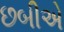
છબીએ